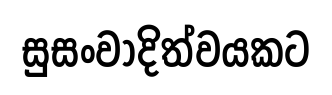
සුසංවාදිත්වයකට